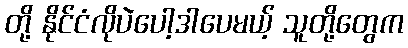
တို့ နိုင်ငံလိုပဲပေါ့ဒါပေမယ့် သူတို့တွေက